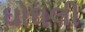
ઘોઘલી